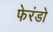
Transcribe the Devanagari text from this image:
फेरंडो